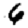
Digit: 6